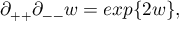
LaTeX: \partial _ { + + } \partial _ { -- } w = e x p \{ 2 w \} ,